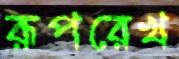
রূপরেখ